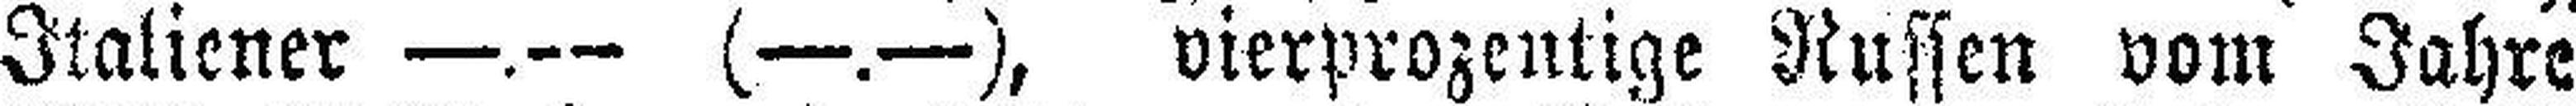
Italiener —.— (—.—), vierprozentige Russen vom Jahre